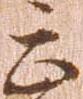
云